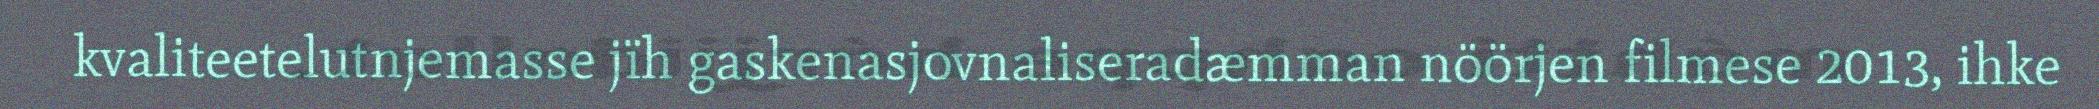
kvaliteetelutnjemasse jïh gaskenasjovnaliseradæmman nöörjen filmese 2013, ihke